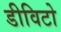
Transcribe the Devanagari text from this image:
डीविटो